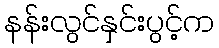
နန်းလွင်နှင်းပွင့်က